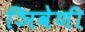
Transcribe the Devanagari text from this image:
ञिवेणी